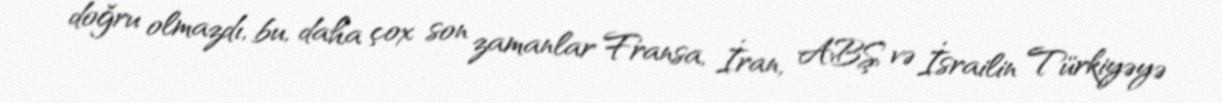
doğru olmazdı, bu, daha çox son zamanlar Fransa, İran, ABŞ və İsrailin Türkiyəyə